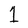
Character: 1